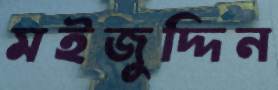
মইজুদ্দিন